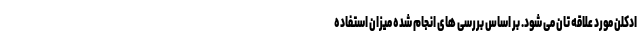
ادکلن مورد علاقه تان می شود. بر اساس بررسی های انجام شده میزان استفاده